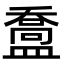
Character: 䀉